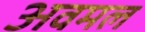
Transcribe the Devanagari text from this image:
अवमल